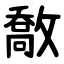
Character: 敿